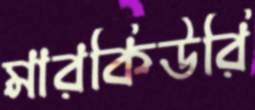
মারকিউরি